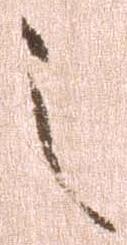
之